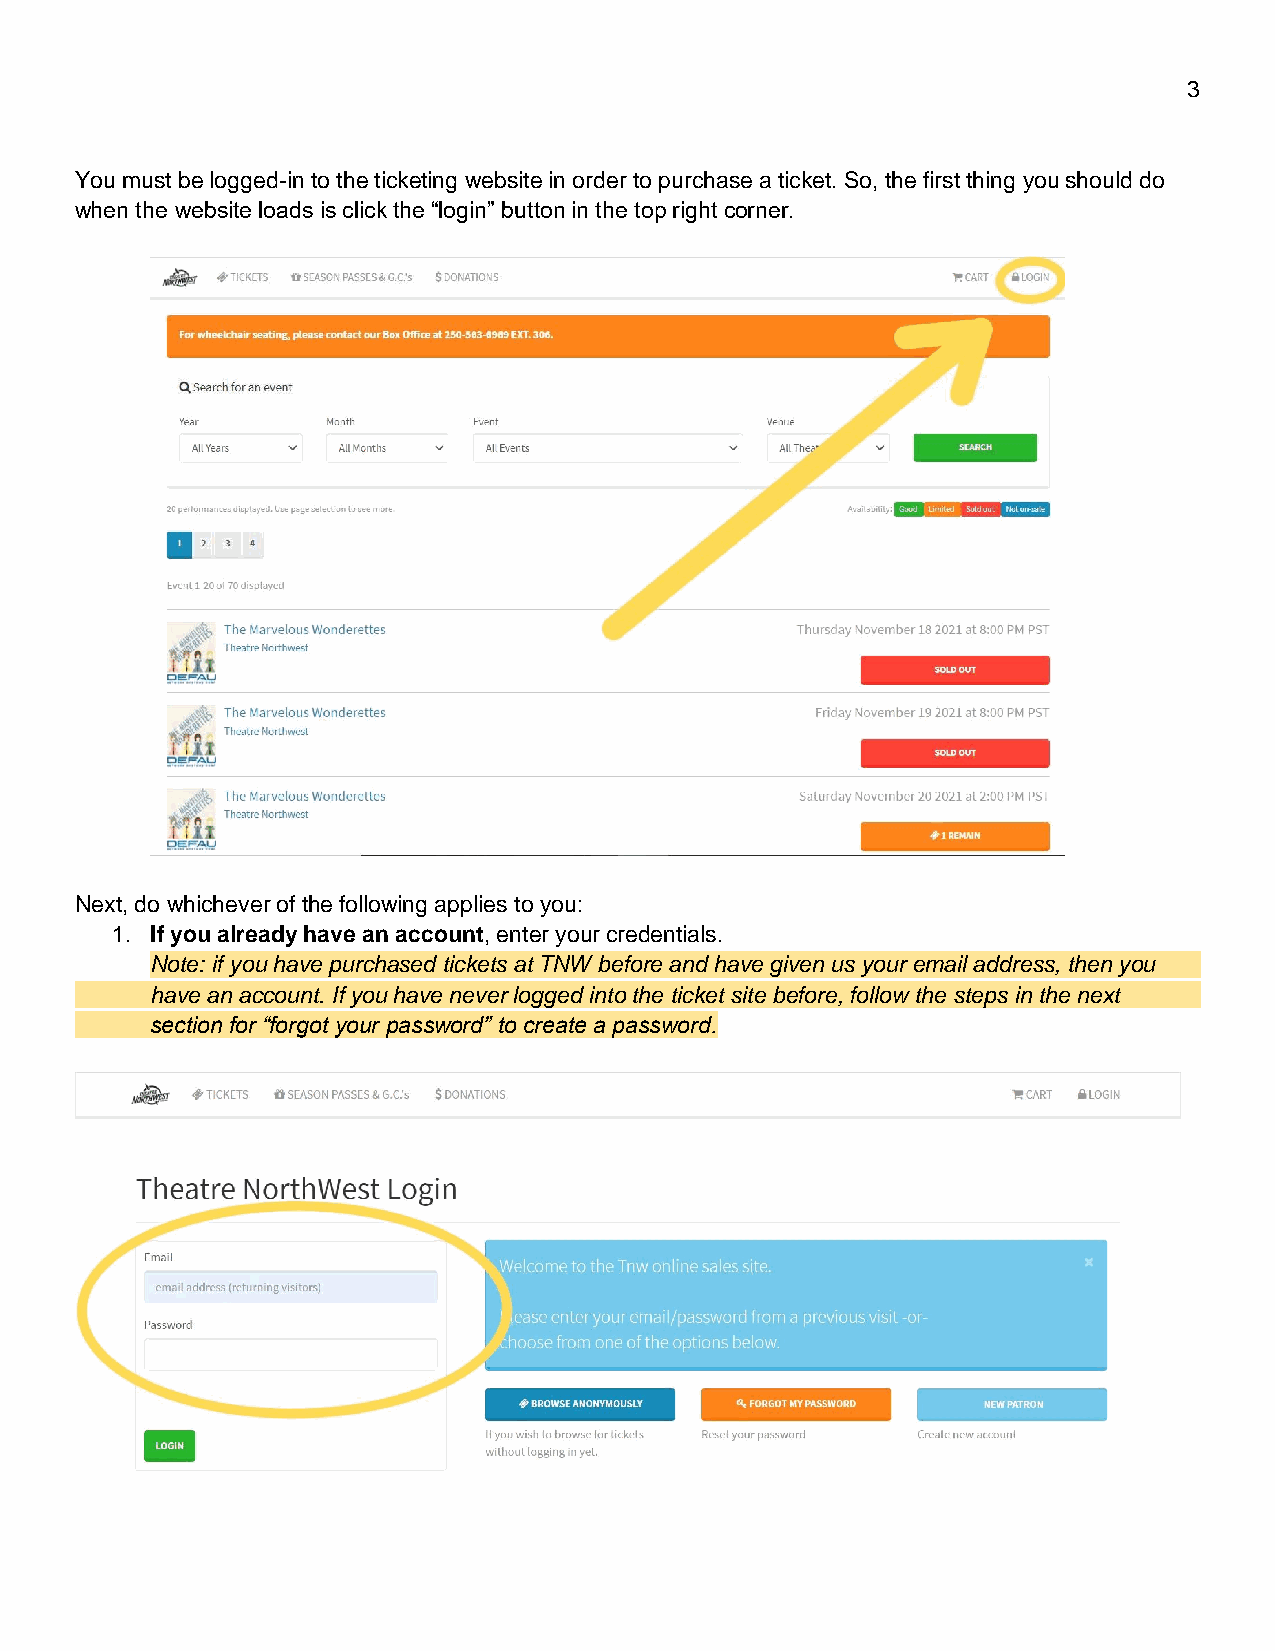
3
 You must be logged-in to the ticketing website in order to purchase a ticket. So, the first thing you should do
 when the website loads is click the “login” button in the top right corner.
 Next, do whichever of the following applies to you:
 1. If you already have an account, enter your credentials.
 Note: if you have purchased tickets at TNW before and have given us your email address, then you
 have an account. If you have never logged into the ticket site before, follow the steps in the next
 section for “forgot your password” to create a password.